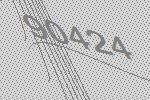
90424